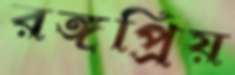
রঙ্গপ্রিয়